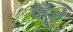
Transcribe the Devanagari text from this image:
केजे